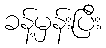
ခန့်မှန်းပြီး